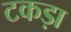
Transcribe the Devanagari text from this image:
टकड़ा